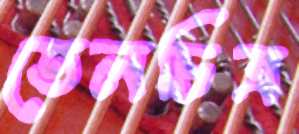
তেলচিত্র